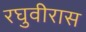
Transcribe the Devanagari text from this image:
रघुवीरास